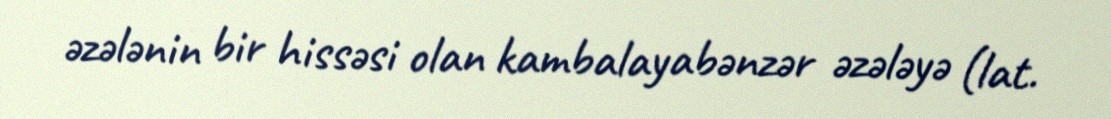
əzələnin bir hissəsi olan kambalayabənzər əzələyə (lat.